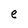
Character: e